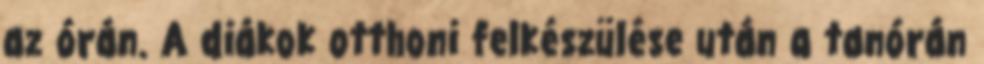
az órán. A diákok otthoni felkészülése után a tanórán